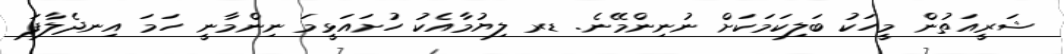
ޝަރީއަތުން މީހަކު ބަލިކަމަކަށް ނުނިންމޭނެ. ޑރ ލިޔުމާއެކު ހުށައަޅީމަ ނިންމާނީ ހަމަ އިނދެލާފަ